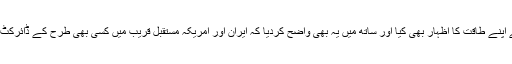
اور یوں امریکہ اور ایران نے اپنے طاقت کا اظہار بھی کیا اور ساتھ میں یہ بھی واضح کردیا کہ ایران اور امریکہ مستقبل قریب میں کسی بھی طرح کے ڈائرکٹ جنگ کے موڈ میں نہیں ہیں۔